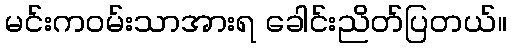
မင်းကဝမ်းသာအားရ ခေါင်းညိတ်ပြတယ်။